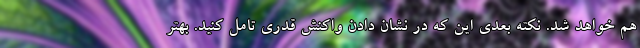
هم خواهد شد. نكته بعدي اين كه در نشان دادن واكنش قدري تامل كنيد. بهتر